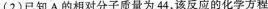
(2)已知A的相对分子质量为44，该反应的化学方程